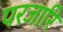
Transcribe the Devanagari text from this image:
परजारि